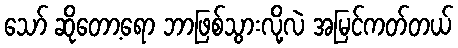
သော် ဆိုတော့ရော ဘာဖြစ်သွားလို့လဲ အမြင်ကတ်တယ်